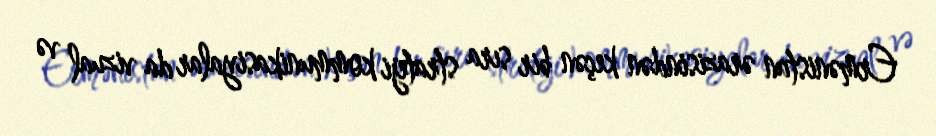
Ermənistan ərazisindən keçən bir sıra strateji kommunikasiyalar da vizual və